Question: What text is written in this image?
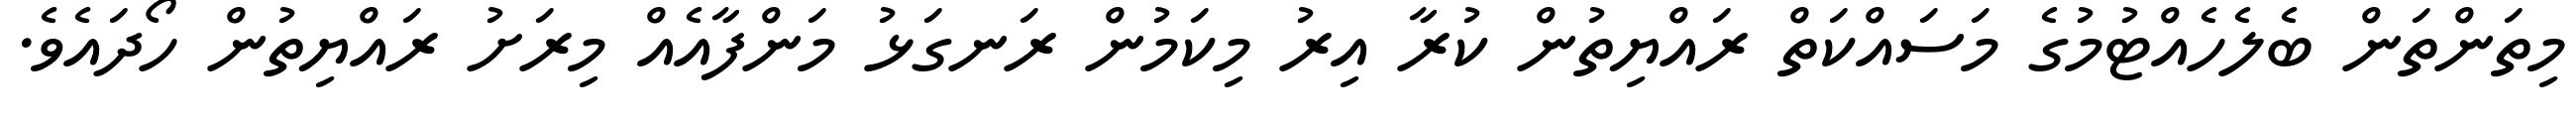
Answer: މިތަންތަން ބެލެހެއްޓުމުގެ މަސައްކަތް ރައްޔިތުން ކުރާ އިރު މިކަމުން ރަނގަޅު މަންފާއެއް މިރަށު ރައްޔިތުން ހޯދައެވެ.